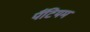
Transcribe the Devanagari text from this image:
पैंटियम